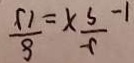
1 - \frac { 5 } { 9 } x = \frac { 8 } { 1 5 }